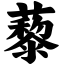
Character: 藜